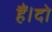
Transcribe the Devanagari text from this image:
हैं।दो